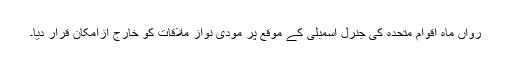
رواں ماہ اقوام متحدہ کی جنرل اسمبلی کے موقع پر مودی نواز ملاقات کو خارج ازامکان قرار دیا۔